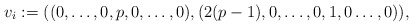
\begin{align*}v_i := ((0,\ldots, 0,p,0,\ldots, 0),(2(p-1),0,\ldots, 0,1,0\ldots, 0)),\end{align*}